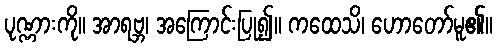
ပုဏ္ဏားကို။ အာရဗ္ဘ၊ အကြောင်းပြု၍။ ကထေသိ၊ ဟောတော်မူ၏။